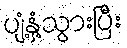
ပျံ့နှံ့သွားပြီး